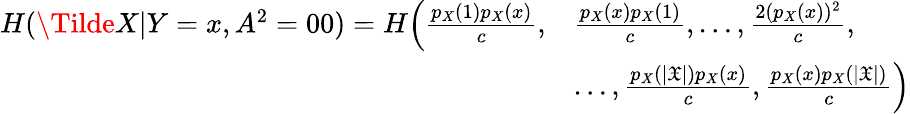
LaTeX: \begin{array}{rl}{H(\Tilde{{X}}|{Y}=x,{A}^{2}=00)=H\Big(\frac{p_{X}(1)p_{X}(x)}{c},}&{\frac{p_{X}(x)p_{X}(1)}{c},\dots,\frac{2(p_{X}(x))^{2}}{c},}\\ &{\dots,\frac{p_{X}(|\mathfrak{X}|)p_{X}(x)}{c},\frac{p_{X}(x)p_{X}(|\mathfrak{X}|)}{c}\Big)}\end{array}